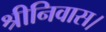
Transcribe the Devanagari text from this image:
श्रीनिवास।